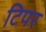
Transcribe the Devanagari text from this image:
टिपर